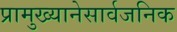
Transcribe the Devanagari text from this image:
प्रामुख्यानेसार्वजनिक